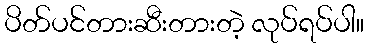
ပိတ်ပင်တားဆီးတားတဲ့ လုပ်ရပ်ပါ။